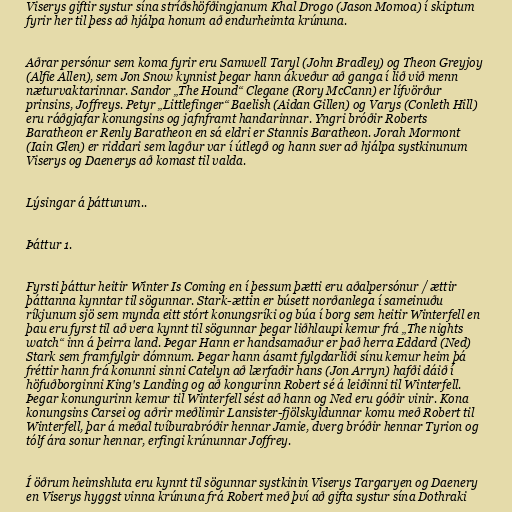
Viserys giftir systur sína stríðshöfðingjanum Khal Drogo (Jason Momoa) í skiptum
fyrir her til þess að hjálpa honum að endurheimta krúnuna.

Aðrar persónur sem koma fyrir eru Samwell Taryl (John Bradley) og Theon Greyjoy
(Alfie Allen), sem Jon Snow kynnist þegar hann ákveður að ganga í lið við menn
næturvaktarinnar. Sandor „The Hound“ Clegane (Rory McCann) er lífvörður
prinsins, Joffreys. Petyr „Littlefinger“ Baelish (Aidan Gillen) og Varys (Conleth Hill)
eru ráðgjafar konungsins og jafnframt handarinnar. Yngri bróðir Roberts
Baratheon er Renly Baratheon en sá eldri er Stannis Baratheon. Jorah Mormont
(Iain Glen) er riddari sem lagður var í útlegð og hann sver að hjálpa systkinunum
Viserys og Daenerys að komast til valda.

Lýsingar á þáttunum..

Þáttur 1.

Fyrsti þáttur heitir Winter Is Coming en í þessum þætti eru aðalpersónur / ættir
þáttanna kynntar til sögunnar. Stark-ættin er búsett norðanlega í sameinuðu
ríkjunum sjö sem mynda eitt stórt konungsríki og búa í borg sem heitir Winterfell en
þau eru fyrst til að vera kynnt til sögunnar þegar liðhlaupi kemur frá „The nights
watch“ inn á þeirra land. Þegar Hann er handsamaður er það herra Eddard (Ned)
Stark sem framfylgir dómnum. Þegar hann ásamt fylgdarliði sínu kemur heim þá
fréttir hann frá konunni sinni Catelyn að lærfaðir hans (Jon Arryn) hafði dáið í
höfuðborginni King's Landing og að kongurinn Robert sé á leiðinni til Winterfell.
Þegar konungurinn kemur til Winterfell sést að hann og Ned eru góðir vinir. Kona
konungsins Carsei og aðrir meðlimir Lansister-fjölskyldunnar komu með Robert til
Winterfell, þar á meðal tvíburabróðir hennar Jamie, dverg bróðir hennar Tyrion og
tólf ára sonur hennar, erfingi krúnunnar Joffrey.

Í öðrum heimshluta eru kynnt til sögunnar systkinin Viserys Targaryen og Daenery
en Viserys hyggst vinna krúnuna frá Robert með því að gifta systur sína Dothraki